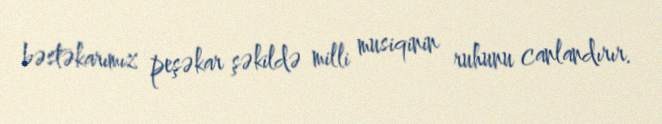
bəstəkarımız peşəkar şəkildə milli musiqinin ruhunu canlandırır.